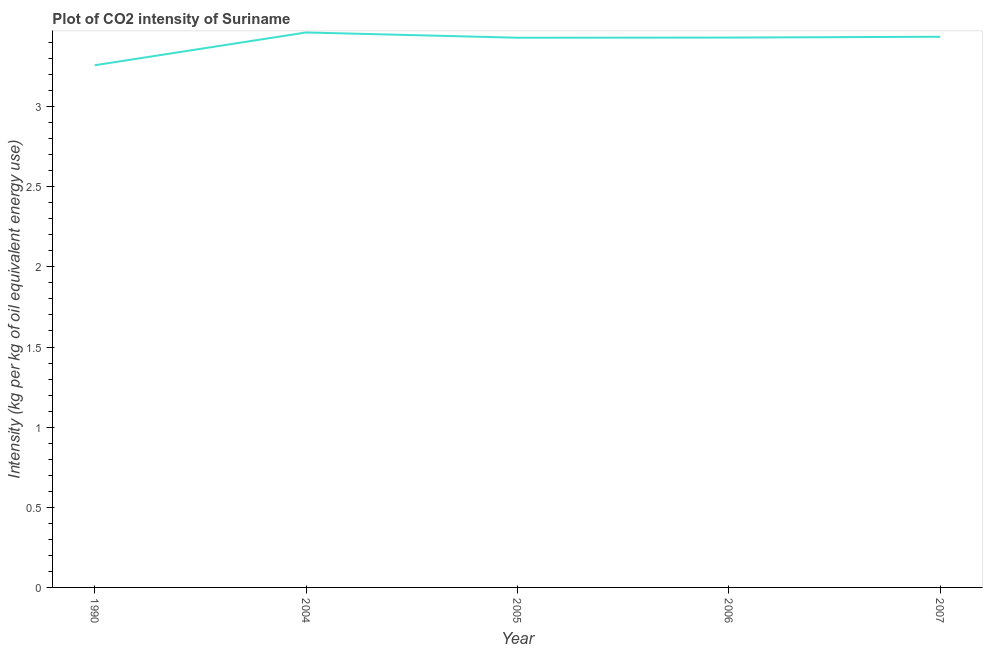
| Year | CO2 intensity |
 | --- | --- |
 | 1990 | 3.26 |
 | 2004 | 3.46 |
 | 2005 | 3.43 |
 | 2006 | 3.43 |
 | 2007 | 3.44 |